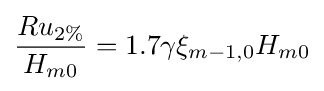
{\frac {Ru_{2\%}}{H_{m0}}}=1.7\gamma \xi _{m-1,0}H_{m0}